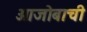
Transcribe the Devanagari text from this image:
आजोबाची